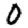
Digit: 0